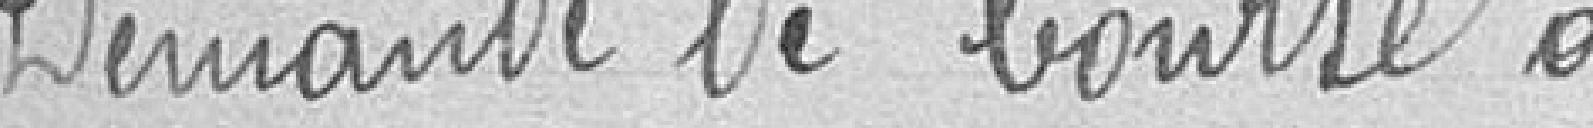
Demande de bourse à